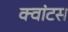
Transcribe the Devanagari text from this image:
क्‍वांटस